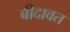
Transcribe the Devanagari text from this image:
बीदावत